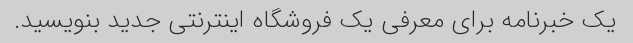
یک خبرنامه برای معرفی یک فروشگاه اینترنتی جدید بنویسید.